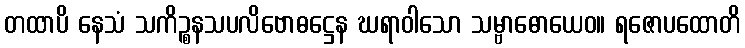
တထာပိ နေသံ သကိဉ္စနသပလိဗောဓဋ္ဌေန ဃရာဝါသော သမ္ဗာဓောယေဝ။ ရဇောပထောတိ